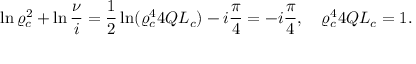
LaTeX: \displaystyle { \ln \varrho _ { c } ^ { 2 } + \ln \frac { \nu } { i } = \frac { 1 } { 2 } \ln ( \varrho _ { c } ^ { 4 } 4 Q L _ { c } ) - i \frac { \pi } { 4 } = - i \frac { \pi } { 4 } } , \quad \varrho _ { c } ^ { 4 } 4 Q L _ { c } = 1 .